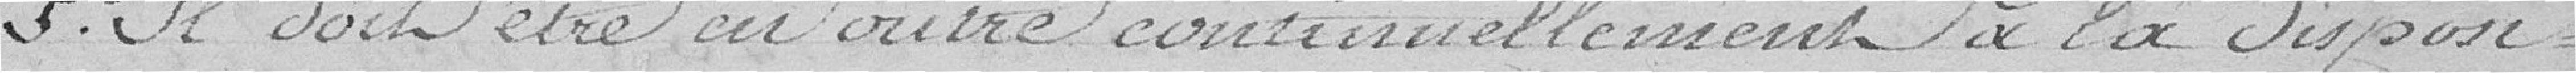
5° il doit être en outre continuellement à la disposi